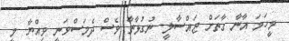
މީހަމަ އާނާ ގާތަށް ޖައްސާލީ. ނުގުޅާތާ ވެސް ދެމަސްވަނީ ވިއްޔާ. މީ